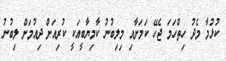
ކުޅުމާ މެދު ހިތްހަމަ ޖެހޭ ކަމަށާއި މިލިބުނު ކާމިޔާބީއަކީ ކުރިއަށް ދިއުމަށް ލިބުނު